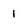
Character: 1